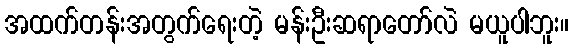
အထက်တန်းအတွက်ရေးတဲ့ မန်းဦးဆရာတော်လဲ မယူပါဘူး။